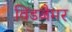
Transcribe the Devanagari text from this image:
विंडजैमर